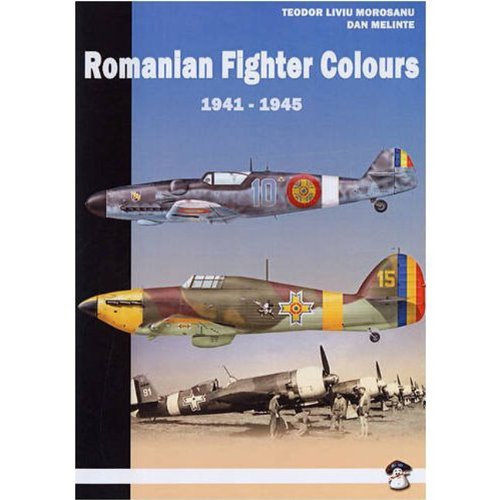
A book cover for Romanian Fighter Colors 1941-1945; Teodor Liviu Morusanu; History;